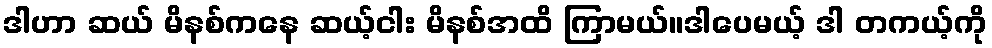
ဒါဟာ ဆယ် မိနစ်ကနေ ဆယ့်ငါး မိနစ်အထိ ကြာမယ်။ဒါပေမယ့် ဒါ တကယ့်ကို